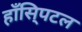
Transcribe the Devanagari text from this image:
हाँसि्पटल